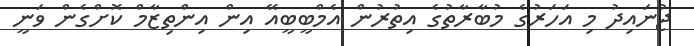
ޖުނައިދު މި އަހަރުގެ މުބާރާތުގެ އިތުރުން އެމްބީބީއޭ އިން އިންތިޒާމް ކޮށްގެން ވަނީ